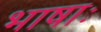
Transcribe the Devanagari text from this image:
भाषाः